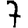
Digit: 7